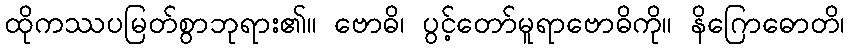
ထိုကဿပမြတ်စွာဘုရား၏။ ဗောဓိ၊ ပွင့်တော်မူရာဗောဓိကို။ နိဂြောဓောတိ၊